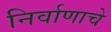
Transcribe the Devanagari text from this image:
निर्वाणाचे